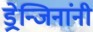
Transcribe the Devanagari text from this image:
ड्रेन्जिनांनी